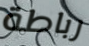
رباطة